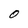
Character: O